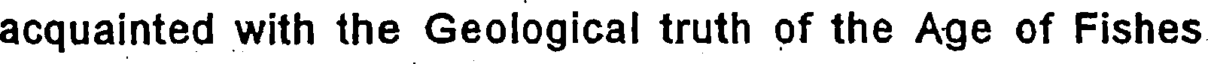
acquainted with the Geological truth of the Age of Fishes